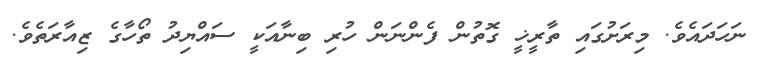
ނަހަދައެވެ. މިރަށުގައި ތާރީޚީ ގޮތުން ފެންނަން ހުރި ބިނާއަކީ ސައްޔިދު ތޯހާގެ ޒިއާރަތެވެ.